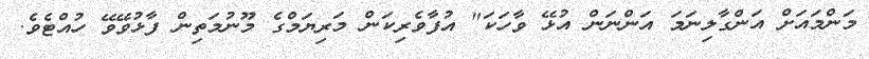
މަންމައަށް އަންގާލިނަމަ އަންނަން އުޅޭ ވާހަކަ" އުފާވެރިކަން މަރިޔަމްގެ މޫނުމަތިން ފާޅުވޭވޭ ހުއްޓެވެ.